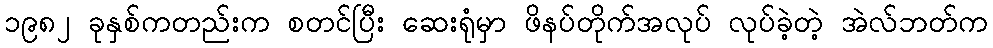
၁၉၈၂ ခုနှစ်ကတည်းက စတင်ပြီး ဆေးရုံမှာ ဖိနပ်တိုက်အလုပ် လုပ်ခဲ့တဲ့ အဲလ်ဘတ်က